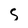
Character: S